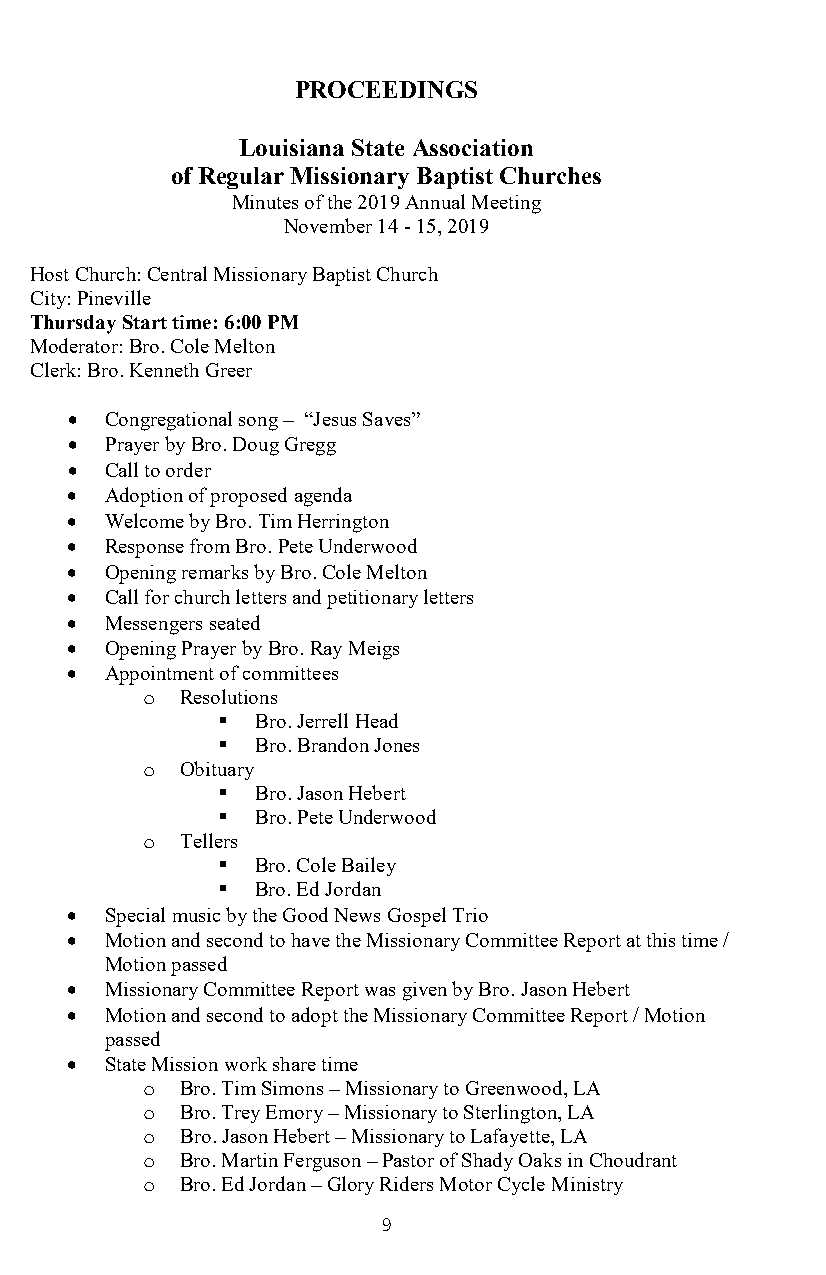
PROCEEDINGS
 Louisiana State Association
 of Regular Missionary Baptist Churches
 Minutes of the 2019 Annual Meeting
 November 14 - 15, 2019
 Host Church: Central Missionary Baptist Church
 City: Pineville
 Thursday Start time: 6:00 PM
 Moderator: Bro. Cole Melton
 Clerk: Bro. Kenneth Greer
 •  Congregational song – “Jesus Saves”
 •  Prayer by Bro. Doug Gregg
 •  Call to order
 •  Adoption of proposed agenda
 •  Welcome by Bro. Tim Herrington
 •  Response from Bro. Pete Underwood
 •  Opening remarks by Bro. Cole Melton
 •  Call for church letters and petitionary letters
 •  Messengers seated
 •  Opening Prayer by Bro. Ray Meigs
 •  Appointment of committees
 Resolutions
 o
   Bro. Jerrell Head
   Bro. Brandon Jones
 Obituary
 o
   Bro. Jason Hebert
   Bro. Pete Underwood
 Tellers
 o
   Bro. Cole Bailey
   Bro. Ed Jordan
 •  Special music by the Good News Gospel Trio
 •  Motion and second to have the Missionary Committee Report at this time /
 Motion passed
 •  Missionary Committee Report was given by Bro. Jason Hebert
 •  Motion and second to adopt the Missionary Committee Report / Motion
 passed
 •  State Mission work share time
 Bro. Tim Simons – Missionary to Greenwood, LA
 o
 Bro. Trey Emory – Missionary to Sterlington, LA
 o
 Bro. Jason Hebert – Missionary to Lafayette, LA
 o
 Bro. Martin Ferguson – Pastor of Shady Oaks in Choudrant
 o
 Bro. Ed Jordan – Glory Riders Motor Cycle Ministry
 o
 9